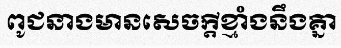
ពូជនាងមានសេចក្តីខ្មាំងនឹងគ្នា